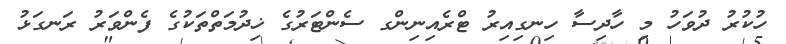
ހުކުރު ދުވަހު މި ހާދިސާ ހިނގިއިރު ޓްރެއިނިންގ ސެންޓަރުގެ ޚިދުމަތްތަކުގެ ފެންވަރު ރަނގަޅު